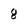
Character: 8